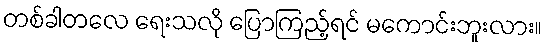
တစ်ခါတလေ ရေးသလို ပြောကြည့်ရင် မကောင်းဘူးလား။